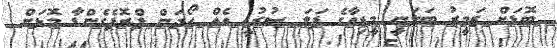
ބޮޑަށް ޒަމީރު ބަލަނީ މީޑިއާގެ ފަލަ ސުރުޚީ އެއް ހޯދަން ޕްރޮޕެގެންޑާ މޮޅަށް